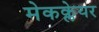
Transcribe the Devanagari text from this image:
मेकक्लेयर